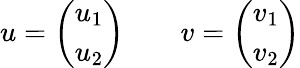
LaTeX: u={\left(\begin{array}{l}{u_{1}}\\ {u_{2}}\end{array}\right)}\qquad v={\left(\begin{array}{l}{v_{1}}\\ {v_{2}}\end{array}\right)}